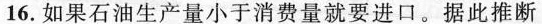
16.如果石油生产量小于消费量就要进口。据此推断